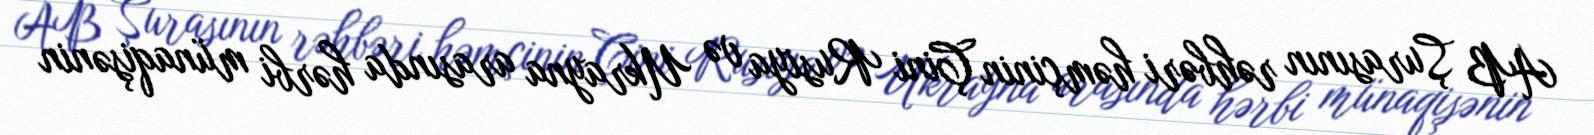
AB Şurasının rəhbəri həmçinin Çini Rusiya və Ukrayna arasında hərbi münaqişənin